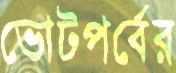
ভোটপর্বের